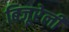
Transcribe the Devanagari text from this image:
बिजूरेली